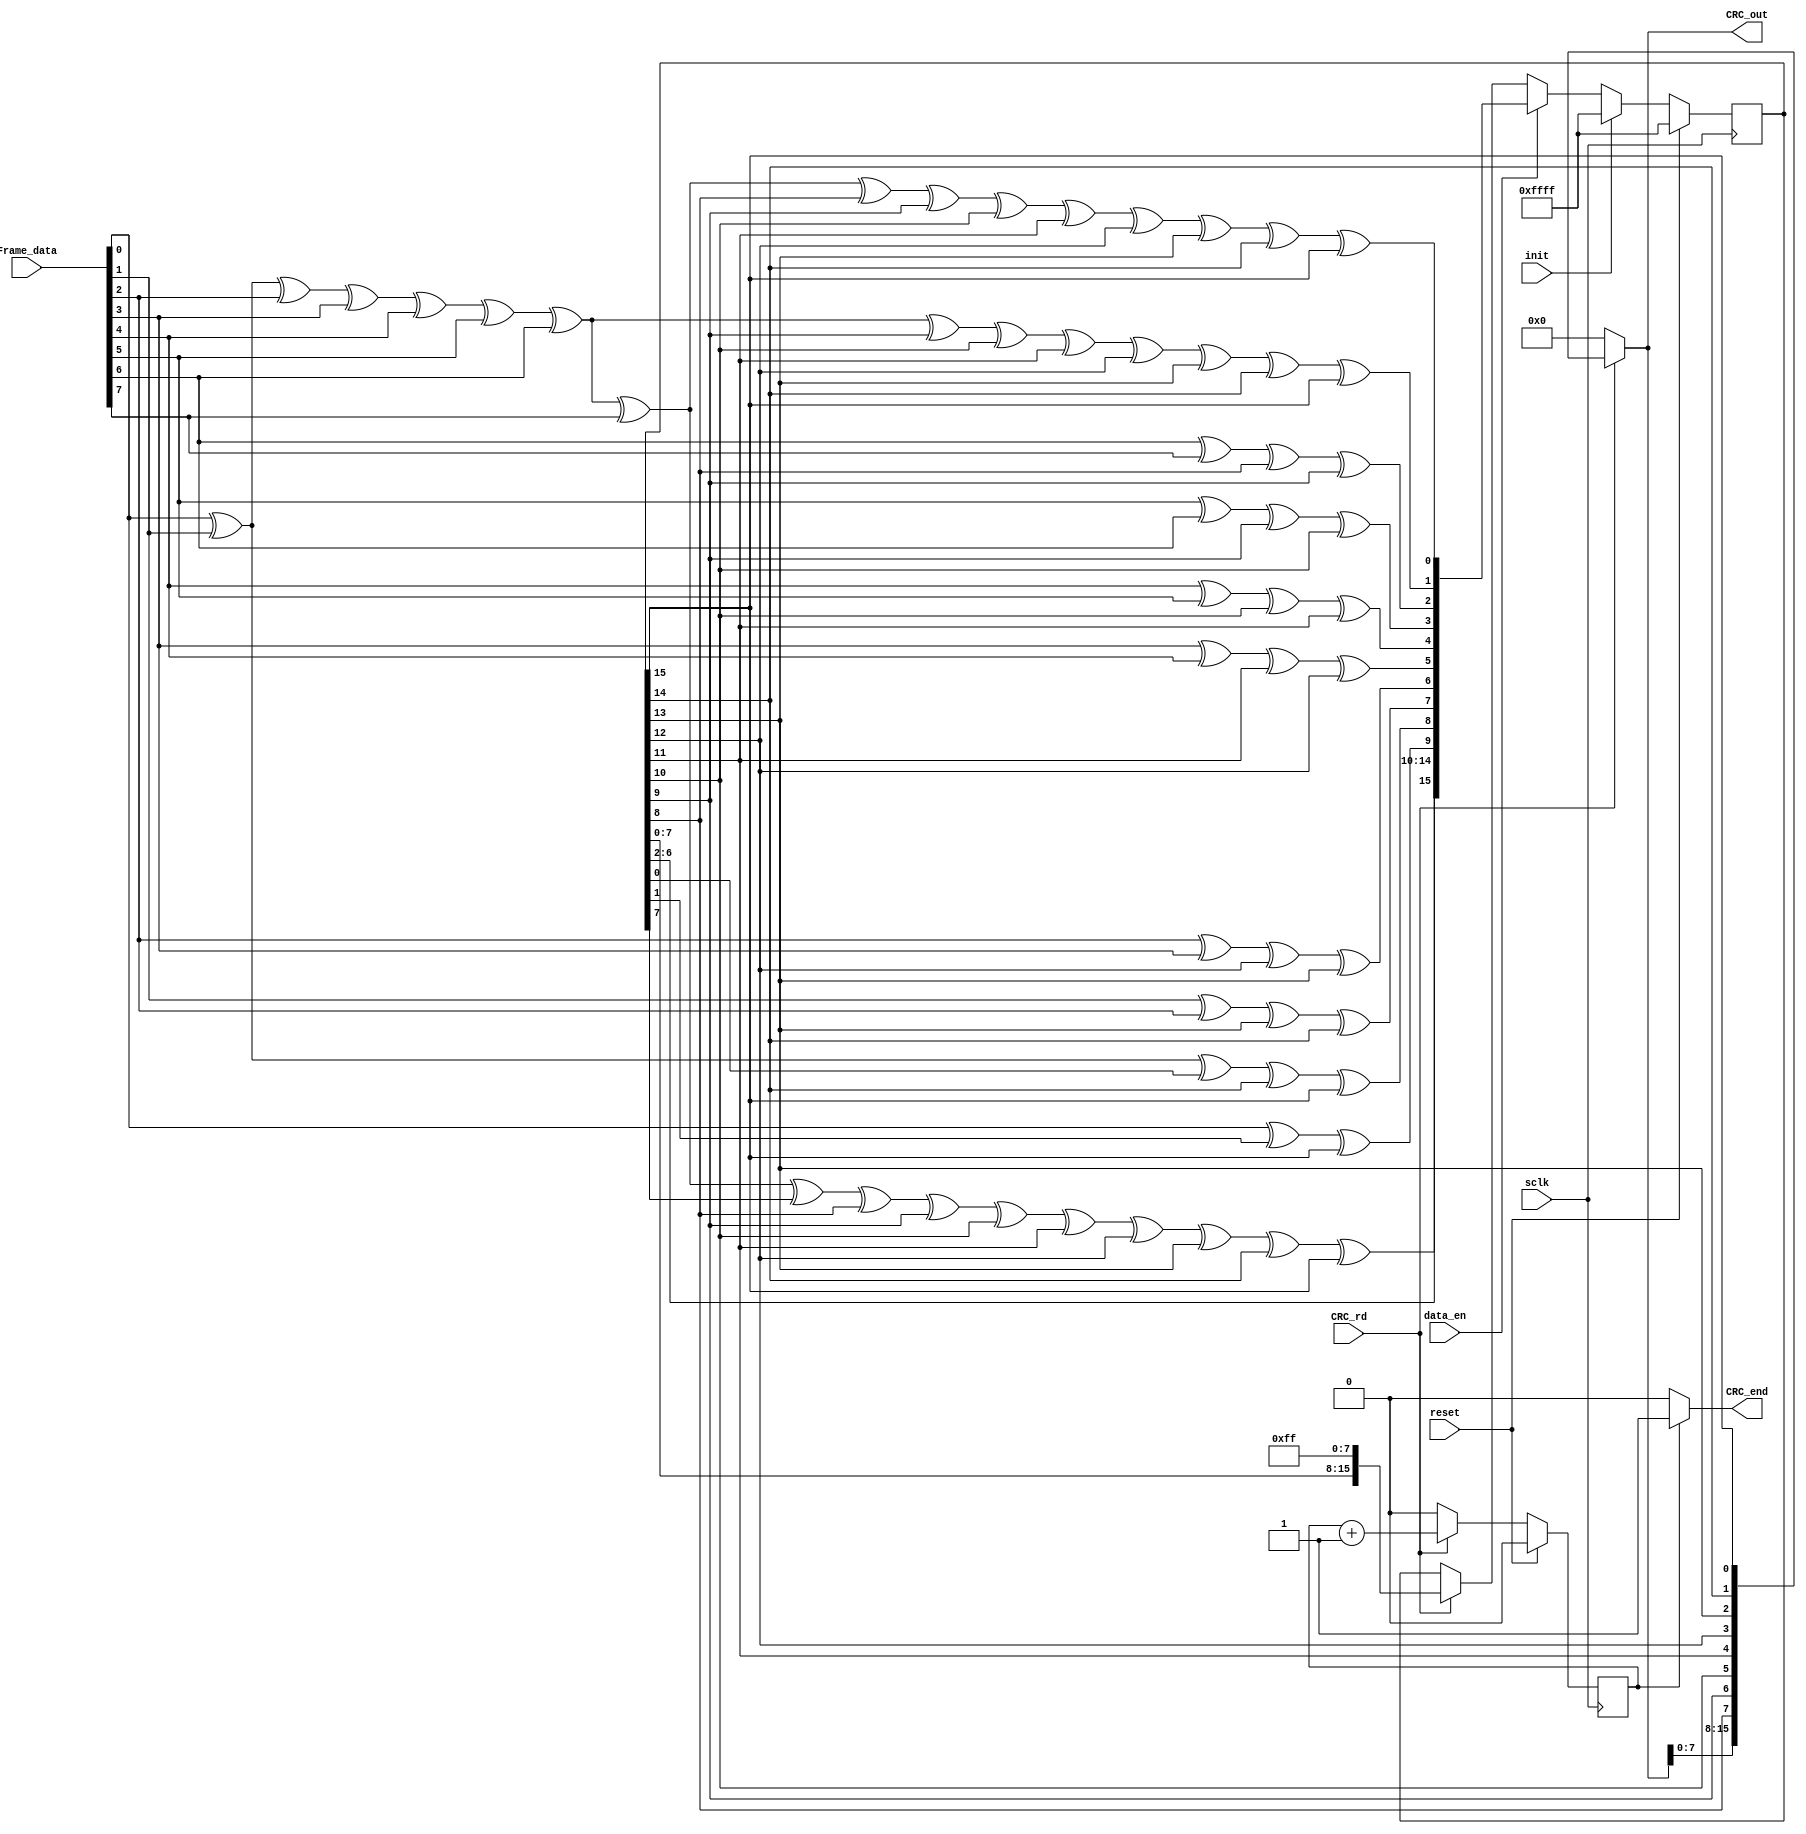
module CRC16_D8(
input sclk,
input reset,
input init,
input [7:0] Frame_data,
input data_en,
input CRC_rd,
output reg [15:0] CRC_out,
output reg CRC_end
);


//*******************************************************************
reg [15:0] CRC_reg=15'hffff;
wire	[7:0] Frame_data_turn; 
reg		Counter='d0;


//*******************************************************************
//turn
//*******************************************************************

assign Frame_data_turn = {
		
		Frame_data [0],
		Frame_data [1],
		Frame_data [2],
		Frame_data [3],
		Frame_data [4],
		Frame_data [5],
		Frame_data [6],
		Frame_data [7]
		
		
		
		};

//*******************************************************************
  // polynomial: (0 2 15 16)
  // data width: 8
  // convention: the first serial bit is D[7]
//*******************************************************************
   function [15:0] nextCRC16_D8;

    input [7:0] Data;
    input [15:0] crc;
    reg [7:0] d;
    reg [15:0] c;
    reg [15:0] newcrc;
  begin
    d = Data;
    c = crc;

    newcrc[0] = d[7] ^ d[6] ^ d[5] ^ d[4] ^ d[3] ^ d[2] ^ d[1] ^ d[0] ^ c[8] ^ c[9] ^ c[10] ^ c[11] ^ c[12] ^ c[13] ^ c[14] ^ c[15];
    newcrc[1] = d[7] ^ d[6] ^ d[5] ^ d[4] ^ d[3] ^ d[2] ^ d[1] ^ c[9] ^ c[10] ^ c[11] ^ c[12] ^ c[13] ^ c[14] ^ c[15];
    newcrc[2] = d[1] ^ d[0] ^ c[8] ^ c[9];
    newcrc[3] = d[2] ^ d[1] ^ c[9] ^ c[10];
    newcrc[4] = d[3] ^ d[2] ^ c[10] ^ c[11];
    newcrc[5] = d[4] ^ d[3] ^ c[11] ^ c[12];
    newcrc[6] = d[5] ^ d[4] ^ c[12] ^ c[13];
    newcrc[7] = d[6] ^ d[5] ^ c[13] ^ c[14];
    newcrc[8] = d[7] ^ d[6] ^ c[0] ^ c[14] ^ c[15];
    newcrc[9] = d[7] ^ c[1] ^ c[15];
    newcrc[10] = c[2];
    newcrc[11] = c[3];
    newcrc[12] = c[4];
    newcrc[13] = c[5];
    newcrc[14] = c[6];
    newcrc[15] = d[7] ^ d[6] ^ d[5] ^ d[4] ^ d[3] ^ d[2] ^ d[1] ^ d[0] ^ c[7] ^ c[8] ^ c[9] ^ c[10] ^ c[11] ^ c[12] ^ c[13] ^ c[14] ^ c[15];
    nextCRC16_D8 = newcrc;
  end
  endfunction

//*******************************************************************


always @ (posedge sclk )
    if (reset)
        CRC_reg     <=16'hffff;
    else if (init)
        CRC_reg     <=16'hffff;//xor 0xffff
    else if (data_en)
        CRC_reg     <=nextCRC16_D8(Frame_data_turn,CRC_reg);
    else if(CRC_rd)
        CRC_reg     <={CRC_reg[7:0],8'hff};




always @ (CRC_rd or CRC_reg)//out turn no xor oxff
    if (CRC_rd)
        CRC_out     <= 
{
					CRC_out[7:0],
			      CRC_reg[8]	 ,
	                  CRC_reg[9]    ,
	                  CRC_reg[10]  ,
	                  CRC_reg[11]  ,
	                  CRC_reg[12]  ,
	                  CRC_reg[13]  ,
	                  CRC_reg[14]  ,
	                  CRC_reg[15]  
	  
	  };
    else
        CRC_out     <=0;
        
//caculate CRC out length ,4 cycles     
//CRC_end aligned to last CRC checksum dat/
always @(posedge sclk )
    if (reset)
        Counter     <=0;
    else if (!CRC_rd)
        Counter     <=0;
    else 
        Counter     <=Counter + 1;
        
always @ (Counter)
    if (Counter==1)
        CRC_end=1;
    else
        CRC_end=0;


endmodule